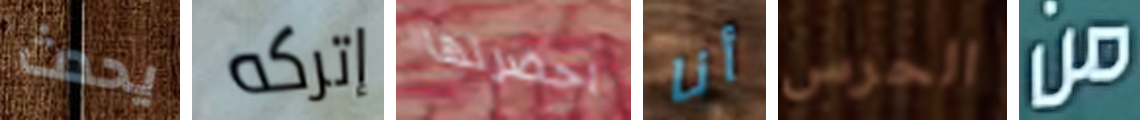
يحدث إتركه احضرتها أنا الحرس من